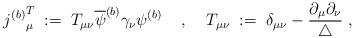
LaTeX: \begin{align*}{j^{(b)}}^T_\mu \; := \; T_{\mu \nu} \overline{\psi}^{(b)} \gamma_\nu \psi^{(b)} \; \; \; \; , \; \; \; \; T_{\mu \nu} \; := \; \delta_{\mu \nu} - \frac{\partial_\mu \partial_\nu}{\triangle} \; ,\end{align*}